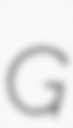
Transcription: G